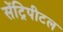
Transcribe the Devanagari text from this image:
सेंट्रिपीटल